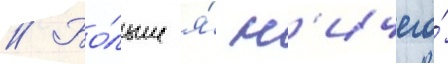
// Бо́льше я́ н'ичего́